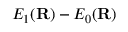
E _ { 1 } ( { \mathbf { R } } ) - E _ { 0 } ( { \mathbf { R } } )